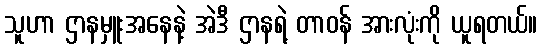
သူဟာ ဌာနမှူးအနေနဲ့ အဲဒီ ဌာနရဲ့ တာဝန် အားလုံးကို ယူရတယ်။